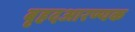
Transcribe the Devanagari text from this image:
बृहदआरण्यक